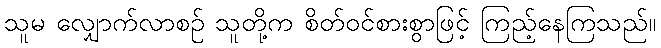
သူမ လျှောက်လာစဉ် သူတို့က စိတ်ဝင်စားစွာဖြင့် ကြည့်နေကြသည်။